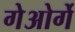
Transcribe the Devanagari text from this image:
गेओर्गे